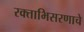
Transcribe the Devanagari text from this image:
रक्ताभिसरणाचे